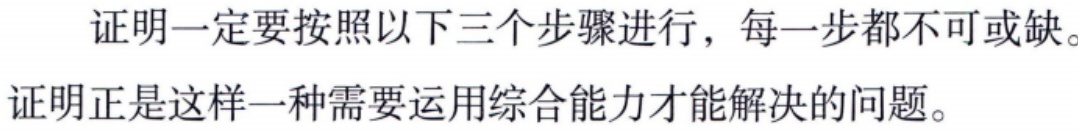
证明一定要按照以下三个步骤进行，每一步都不可或缺。
证明正是这样一种需要运用综合能力才能解决的问题。